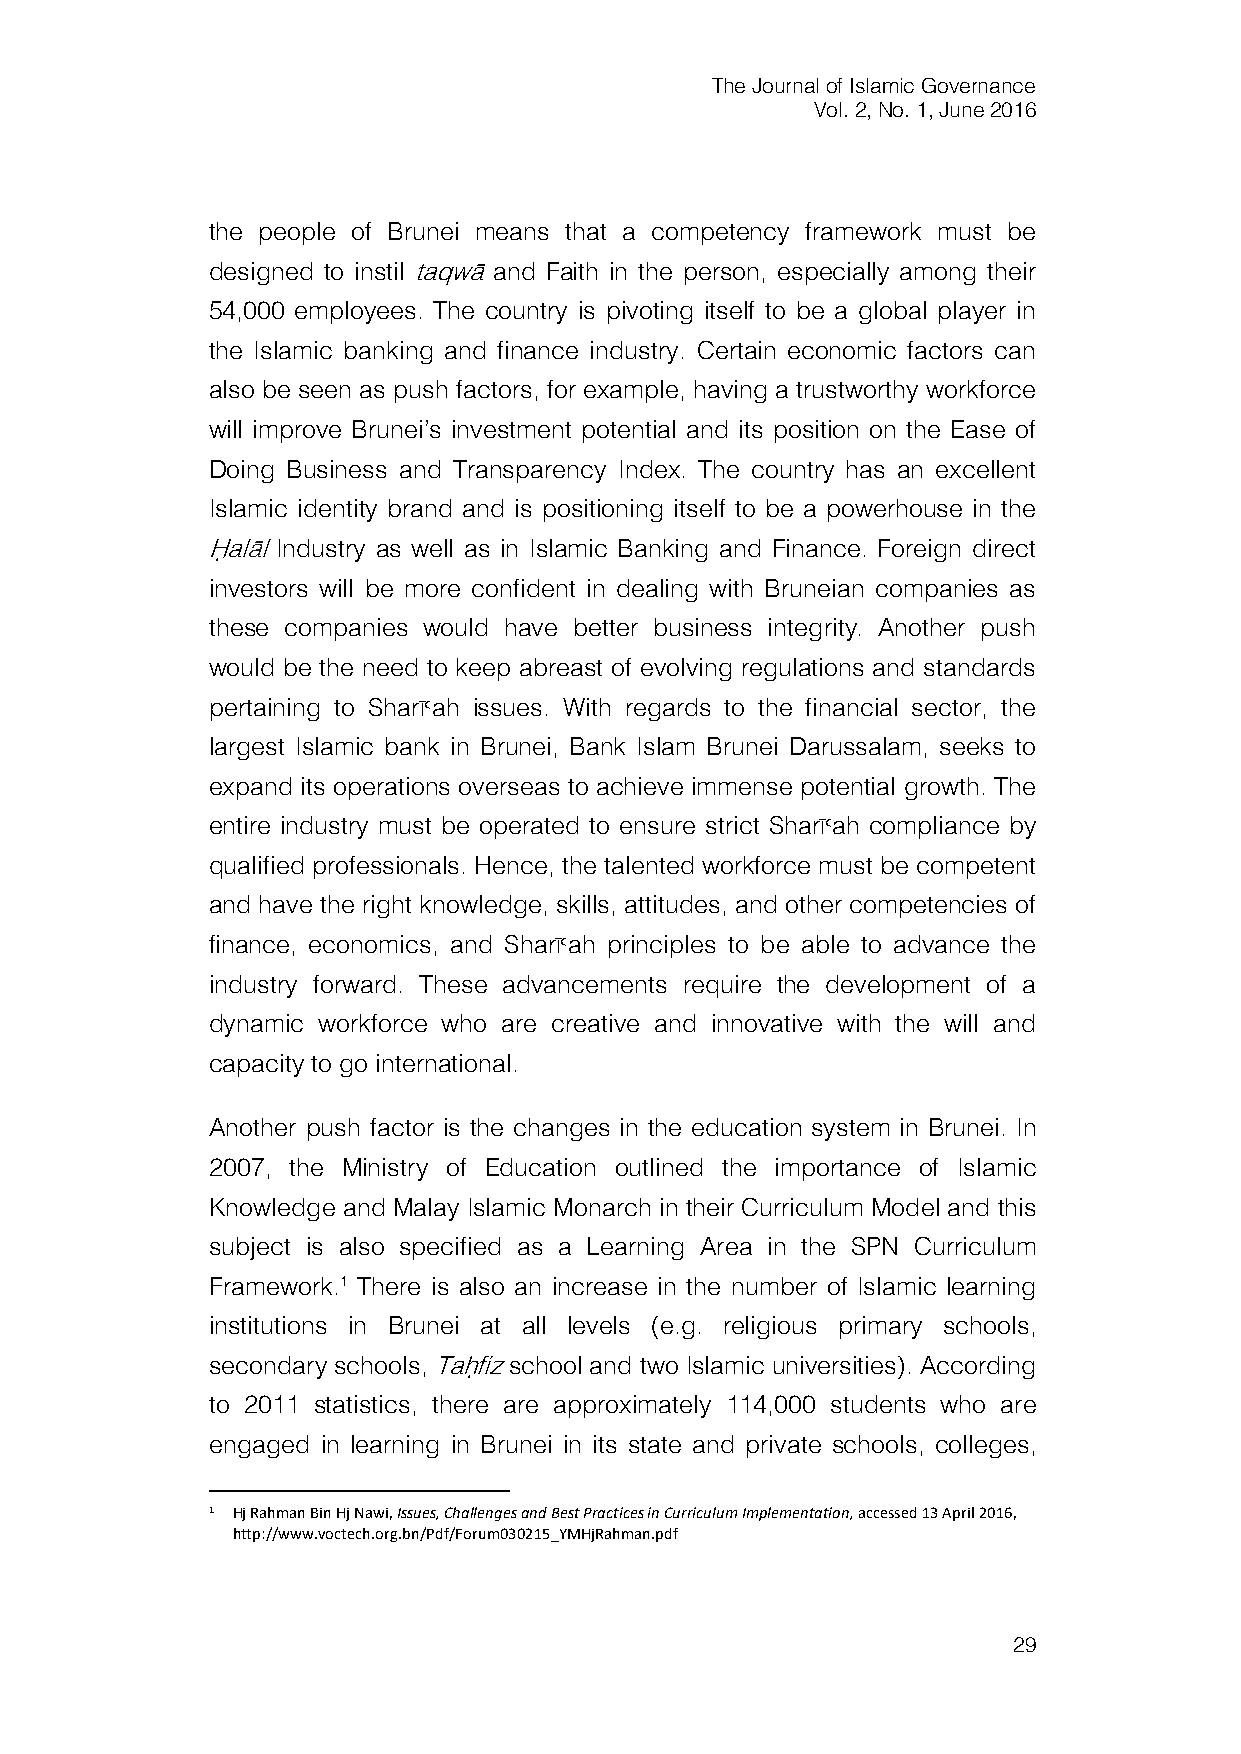
The Journal of Islamic Governance
 Vol. 2, No. 1, June 2016
 the people of Brunei means that a competency framework must be
 designed to instil taqwā and Faith in the person, especially among their
 54,000 employees. The country is pivoting itself to be a global player in
 the Islamic banking and finance industry. Certain economic factors can
 also be seen as push factors, for example, having a trustworthy workforce
 will improve Brunei’s investment potential and its position on the Ease of
 Doing Business and Transparency Index. The country has an excellent
 Islamic identity brand and is positioning itself to be a powerhouse in the
 Ḥalāl Industry as well as in Islamic Banking and Finance. Foreign direct
 investors will be more confident in dealing with Bruneian companies as
 these companies would have better business integrity. Another push
 would be the need to keep abreast of evolving regulations and standards
 pertaining to Sharī>ah issues. With regards to the financial sector, the
 largest Islamic bank in Brunei, Bank Islam Brunei Darussalam, seeks to
 expand its operations overseas to achieve immense potential growth. The
 entire industry must be operated to ensure strict Sharī>ah compliance by
 qualified professionals. Hence, the talented workforce must be competent
 and have the right knowledge, skills, attitudes, and other competencies of
 finance, economics, and Sharī>ah principles to be able to advance the
 industry forward. These advancements require the development of a
 dynamic workforce who are creative and innovative with the will and
 capacity to go international.
 Another push factor is the changes in the education system in Brunei. In
 2007, the Ministry of Education outlined the importance of Islamic
 Knowledge and Malay Islamic Monarch in their Curriculum Model and this
 subject is also specified as a Learning Area in the SPN Curriculum
 Framework.1 There is also an increase in the number of Islamic learning
 institutions in Brunei at all levels (e.g. religious primary schools,
 secondary schools, Taḥfiz school and two Islamic universities). According
 to 2011 statistics, there are approximately 114,000 students who are
 engaged in learning in Brunei in its state and private schools, colleges,
 1 Hj Rahman Bin Hj Nawi, Issues, Challenges and Best Practices in Curriculum Implementation, accessed 13 April 2016,
 http://www.voctech.org.bn/Pdf/Forum030215_YMHjRahman.pdf
 29